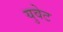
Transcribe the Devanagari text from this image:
युवेट